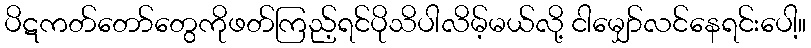
ပိဋကတ်တော်တွေကိုဖတ်ကြည့်ရင်ပိုသိပါလိမ့်မယ်လို့ ငါမျှော်လင်နေရင်းပေါ့။